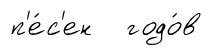
п'е́с'ен годо́в